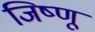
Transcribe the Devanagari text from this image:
जिष्णू